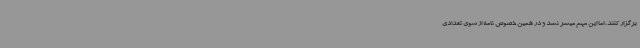
برگزار کنند، اما این مهم میسر نشد و در همین خصوص نامه از سوی تعدادی